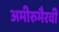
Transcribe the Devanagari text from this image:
अमीरुभैरवी